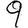
Digit: 9